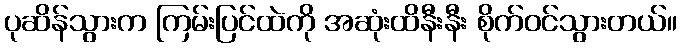
ပုဆိန်သွားက ကြမ်းပြင်ထဲကို အဆုံးထိနီးနီး စိုက်ဝင်သွားတယ်။